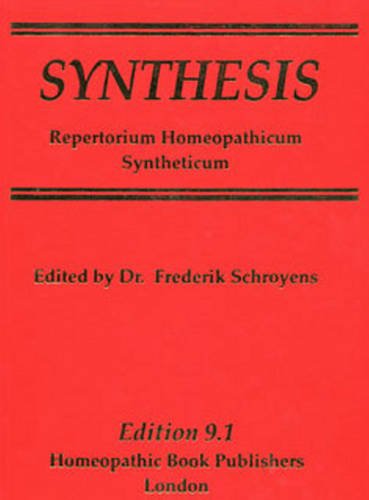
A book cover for Synthesis 9.1; Frederik Schroyens; Health, Fitness & Dieting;